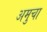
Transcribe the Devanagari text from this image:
अमुचा